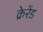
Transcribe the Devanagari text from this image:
क्रेरेंड